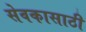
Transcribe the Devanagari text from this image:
सेवकासाठी